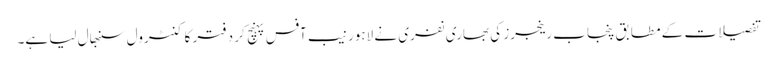
تفصیلات کے مطابق پنجاب رینجرز کی بھاری نفری نے لاہور نیب آفس پہنچ کر دفتر کا کنٹرول سنبھال لیا ہے۔